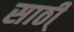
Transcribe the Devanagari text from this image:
साठी्